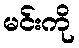
မင်းကို